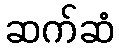
ဆက်ဆံ